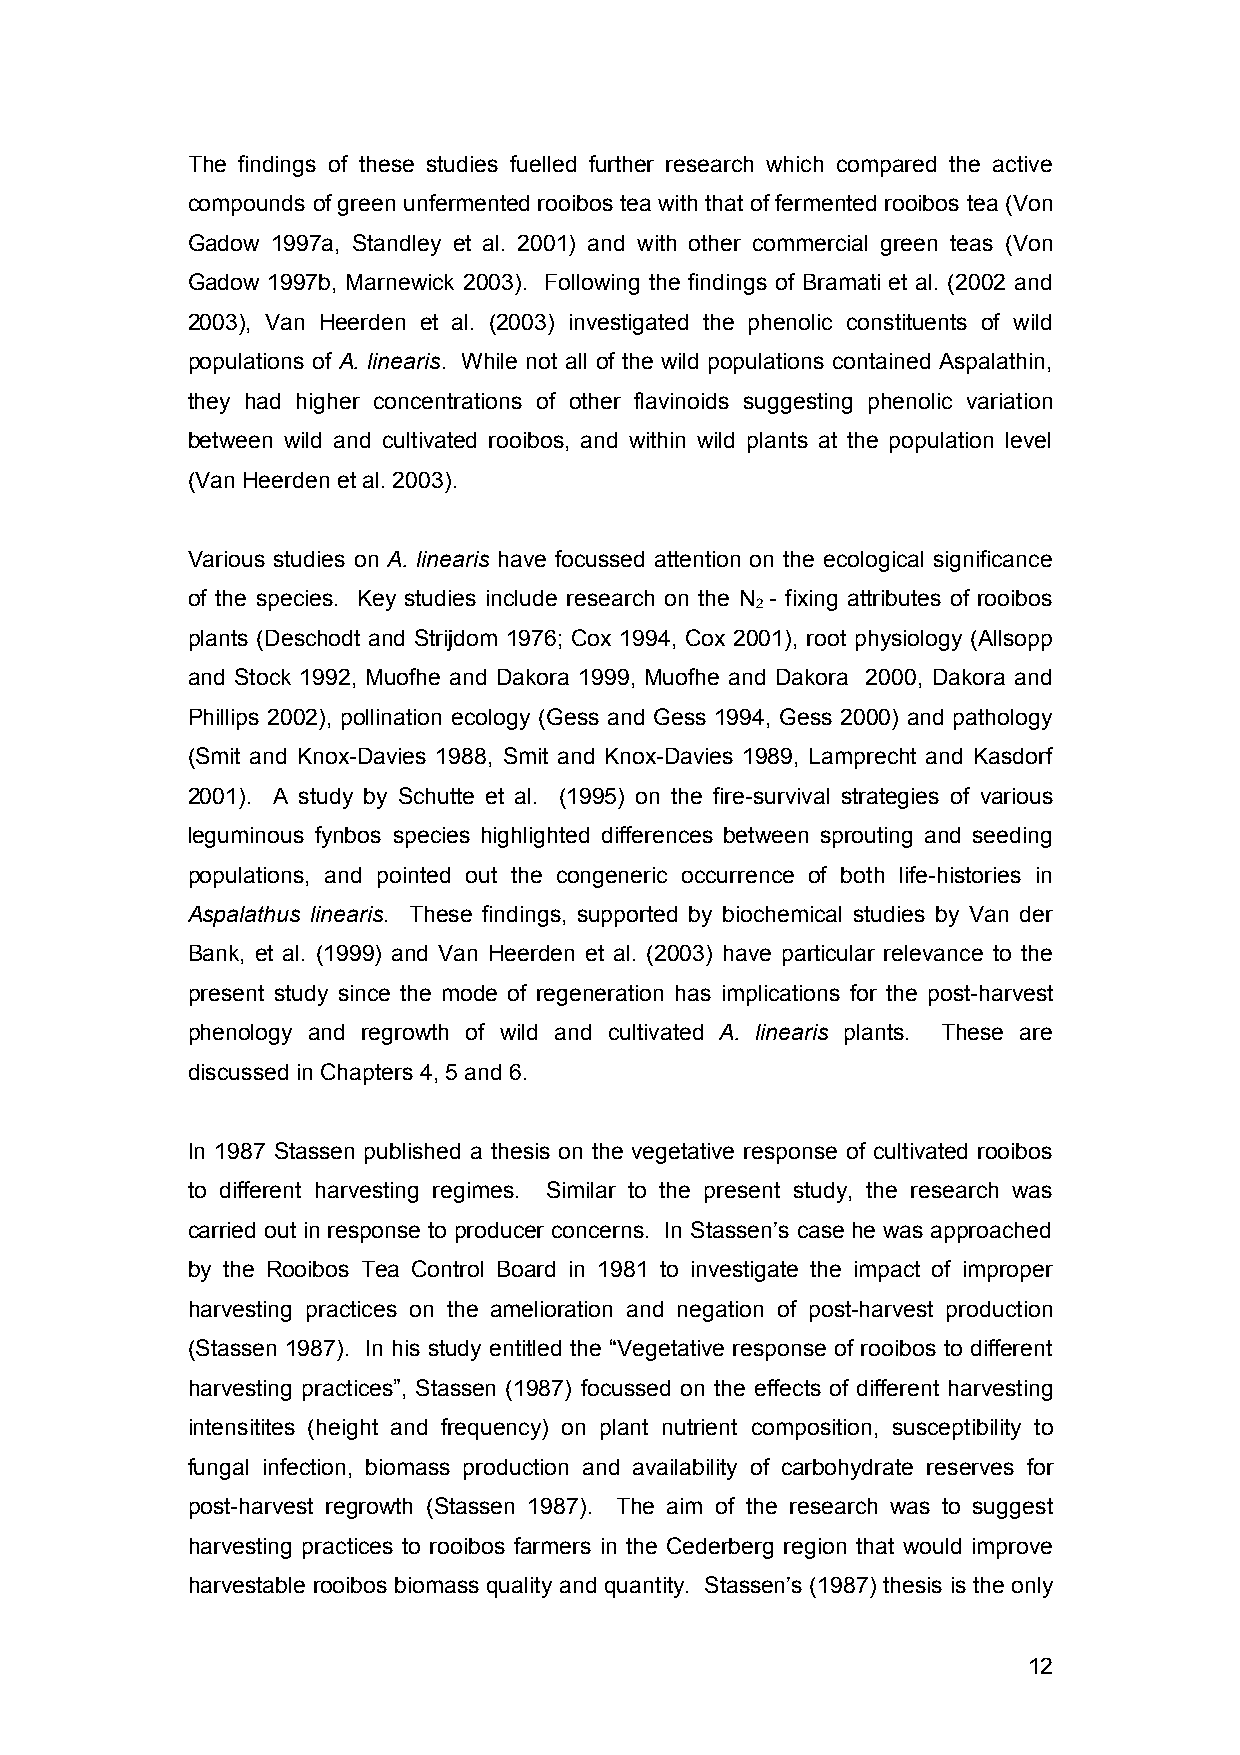
The findings of these studies fuelled further research which compared the active
 compounds of green unfermented rooibos tea with that of fermented rooibos tea (Von
 Gadow 1997a, Standley et al. 2001) and with other commercial green teas (Von
 Gadow 1997b, Marnewick 2003). Following the findings of Bramati et al. (2002 and
 2003), Van Heerden et al. (2003) investigated the phenolic constituents of wild
 populations of A. linearis. While not all of the wild populations contained Aspalathin,
 they had higher concentrations of other flavinoids suggesting phenolic variation
 between wild and cultivated rooibos, and within wild plants at the population level
 (Van Heerden et al. 2003).
 Various studies on A. linearis have focussed attention on the ecological significance
 of the species. Key studies include research on the N - fixing attributes of rooibos
 2
 plants (Deschodt and Strijdom 1976; Cox 1994, Cox 2001), root physiology (Allsopp
 and Stock 1992, Muofhe and Dakora 1999, Muofhe and Dakora 2000, Dakora and
 Phillips 2002), pollination ecology (Gess and Gess 1994, Gess 2000) and pathology
 (Smit and Knox-Davies 1988, Smit and Knox-Davies 1989, Lamprecht and Kasdorf
 2001). A study by Schutte et al. (1995) on the fire-survival strategies of various
 leguminous fynbos species highlighted differences between sprouting and seeding
 populations, and pointed out the congeneric occurrence of both life-histories in
 Aspalathus linearis. These findings, supported by biochemical studies by Van der
 Bank, et al. (1999) and Van Heerden et al. (2003) have particular relevance to the
 present study since the mode of regeneration has implications for the post-harvest
 phenology and regrowth of wild and cultivated A. linearis plants. These are
 discussed in Chapters 4, 5 and 6.
 In 1987 Stassen published a thesis on the vegetative response of cultivated rooibos
 to different harvesting regimes. Similar to the present study, the research was
 carried out in response to producer concerns. In Stassen’s case he was approached
 by the Rooibos Tea Control Board in 1981 to investigate the impact of improper
 harvesting practices on the amelioration and negation of post-harvest production
 (Stassen 1987). In his study entitled the “Vegetative response of rooibos to different
 harvesting practices”, Stassen (1987) focussed on the effects of different harvesting
 intensitites (height and frequency) on plant nutrient composition, susceptibility to
 fungal infection, biomass production and availability of carbohydrate reserves for
 post-harvest regrowth (Stassen 1987). The aim of the research was to suggest
 harvesting practices to rooibos farmers in the Cederberg region that would improve
 harvestable rooibos biomass quality and quantity. Stassen’s (1987) thesis is the only
 12